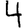
Digit: 4